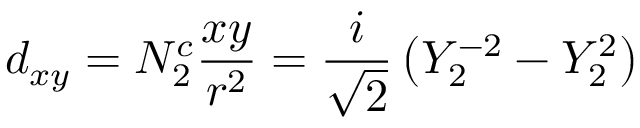
d _ { x y } = N _ { 2 } ^ { c } { \frac { x y } { r ^ { 2 } } } = { \frac { i } { \sqrt { 2 } } } \left( Y _ { 2 } ^ { - 2 } - Y _ { 2 } ^ { 2 } \right)